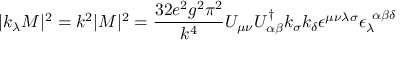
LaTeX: | k _ { \lambda } M | ^ { 2 } = k ^ { 2 } | M | ^ { 2 } = \frac { 3 2 e ^ { 2 } g ^ { 2 } \pi ^ { 2 } } { k ^ { 4 } } U _ { \mu \nu } U _ { \alpha \beta } ^ { \dag } k _ { \sigma } k _ { \delta } \epsilon ^ { \mu \nu \lambda \sigma } \epsilon _ { \lambda } ^ { \; \; \alpha \beta \delta }